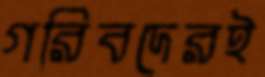
গরিবদেরই